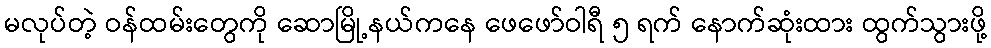
မလုပ်တဲ့ ဝန်ထမ်းတွေကို ဆောမြို့နယ်ကနေ ဖေဖော်ဝါရီ ၅ ရက် နောက်ဆုံးထား ထွက်သွားဖို့